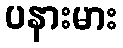
ပနားမား